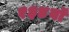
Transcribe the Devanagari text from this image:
१३४वॉ